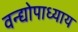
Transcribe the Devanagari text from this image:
वन्द्योपाध्याय